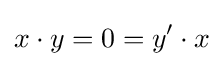
x\cdot y=0=y'\cdot x